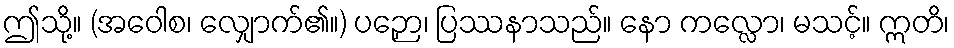
ဤသို့။ (အဝေါစ၊ လျှောက်၏။) ပဉှော၊ ပြဿနာသည်။ နော ကလ္လော၊ မသင့်။ ဣတိ၊